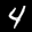
Label: 4